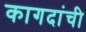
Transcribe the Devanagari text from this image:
कागदांची